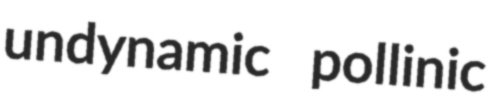
undynamic pollinic